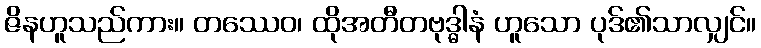
ဇိနဟူသည်ကား။ တဿေဝ၊ ထိုအတီတဗုဒ္ဓါနံ ဟူသော ပုဒ်၏သာလျှင်။